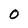
Character: O